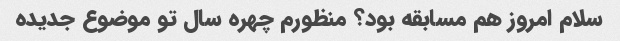
سلام امروز هم مسابقه بود؟ منظورم چهره سال تو موضوع جدیده